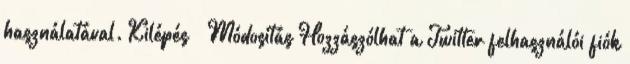
használatával. Kilépés Módosítás Hozzászólhat a Twitter felhasználói fiók